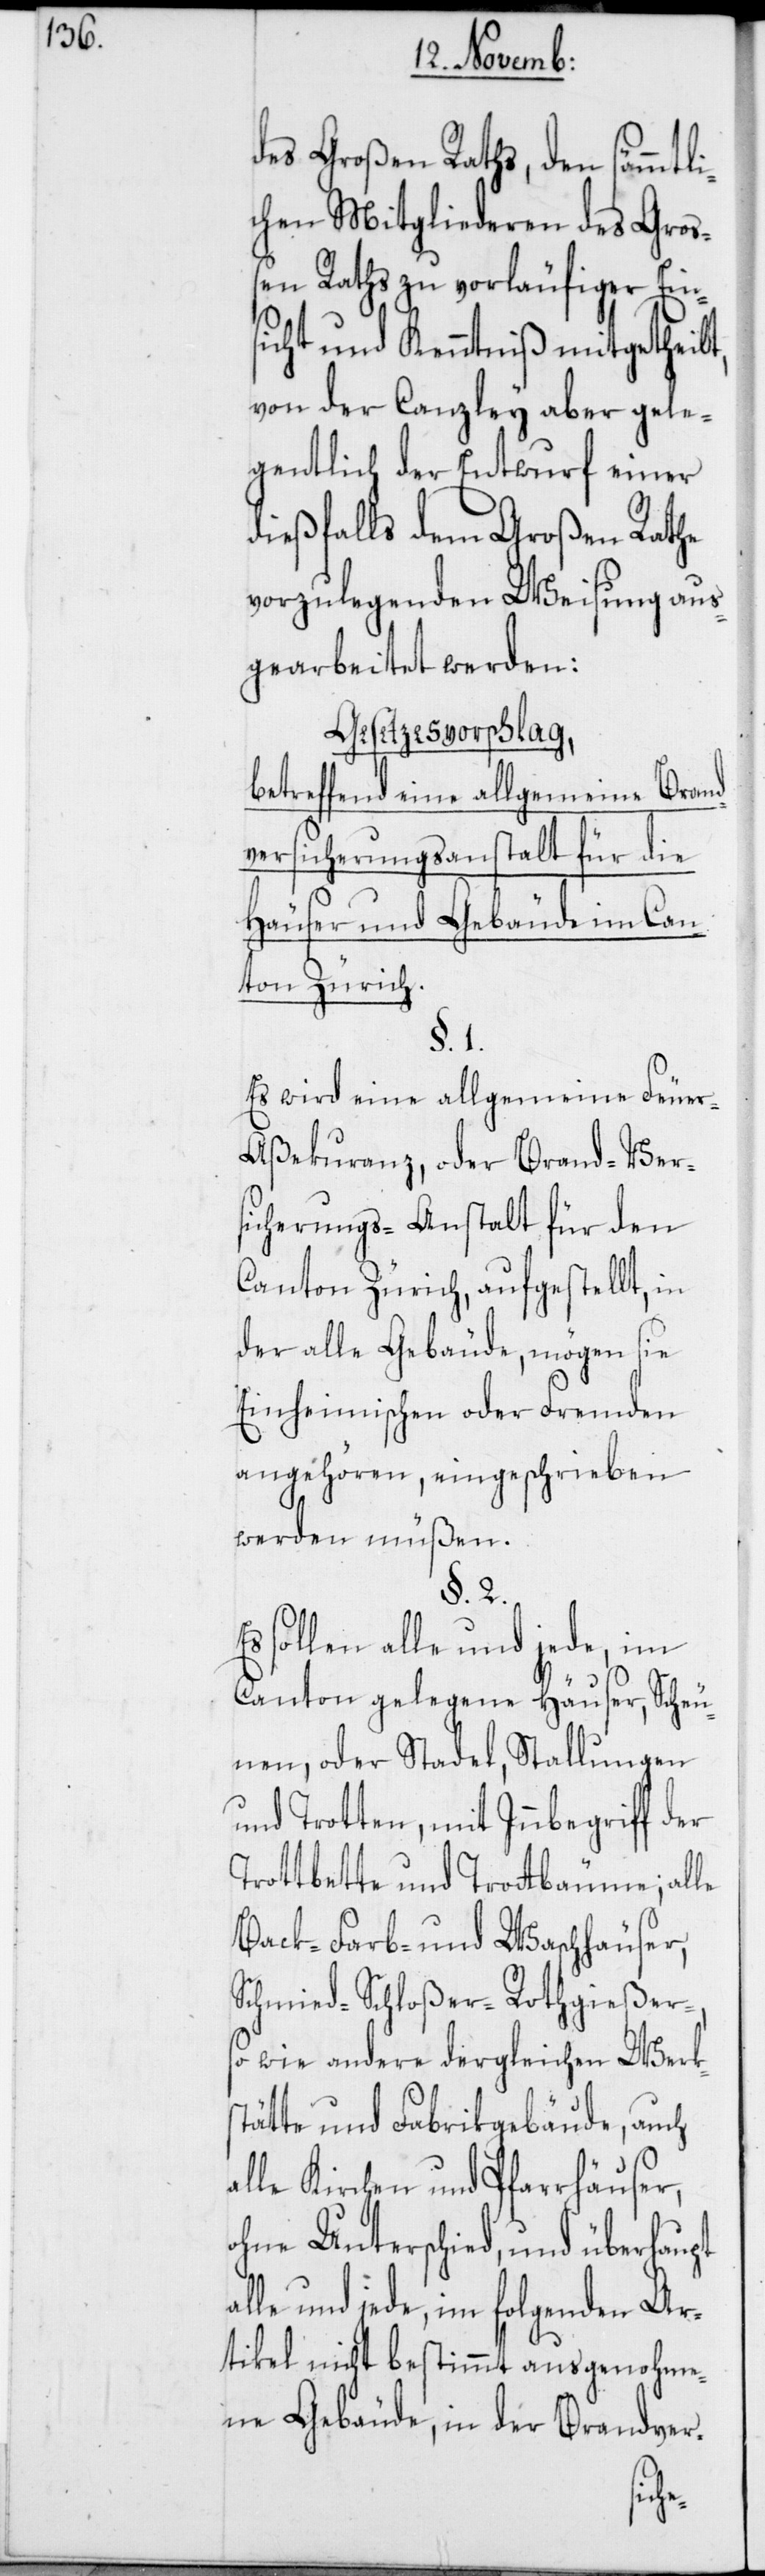
des Großen Raths, den sämmtli¬
chen Mitgliederen des Groß¬
en Raths zu vorläufiger Eins¬
icht und Kenntniß mitgetheilt,
von der Canzley aber gele¬
gentlich der Entwurf einer
dießfalls dem Großen Rathe
vorzulegenden Weisung aus¬
gearbeitet werden:
Gesetzesvorschlag,
betreffend eine allgemeine Brand¬
versicherungsanstalt für die
Häuser und Gebäude im Can¬
ton Zürich.
§. 1.
Es wird eine allgemeine Feue¬
r-Aßekuranz, oder Brand-Ver¬
sicherungs-Anstalt für den
Canton Zürich, aufgestellt, in
der alle Gebäude, mögen sie
Einheimischen oder Fremden
angehören, eingeschrieben
werden müßen.
§. 2.
sollen alle und jede, im
Canton gelegene Häuser, Scheu¬
nen oder Stadel, Stallungen
und Trotten, mit Innbegriff der
Trottbette und Trottbäume; alle
Farb- und Waschhäuser,
o wie andere dergleichen Werks¬
tätte und Fabrikgebäude, auch
alle Kirchen und Pfarrhäuser
ohne Unterschied, und überhaupt
le und jede, im folgenden Ar¬
tikel nicht bestimmt ausgenohme¬
ne Gebäude, in der Brandver-
al¬